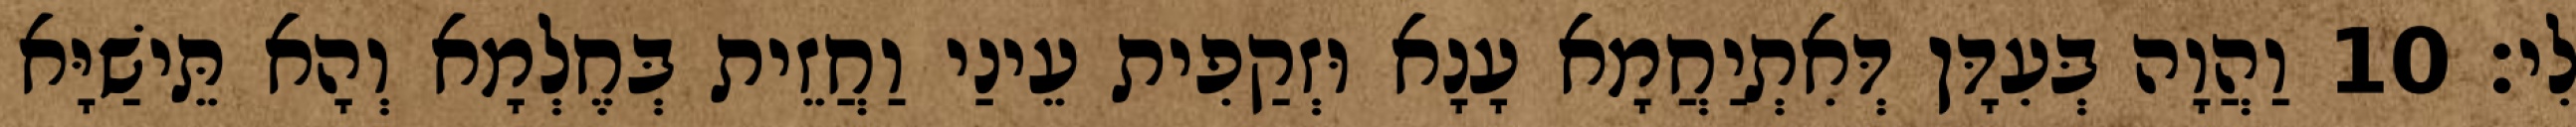
לִי׃ 10 וַהֲוָה בְּעִדָּן דְּאִתְיַחֲמָא עָנָא וּזְקַפִית עֵינַי וַחֲזֵית בְּחֶלְמָא וְהָא תֵּישַׁיָּא